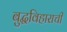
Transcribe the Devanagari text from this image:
बुद्धविहाराची